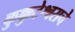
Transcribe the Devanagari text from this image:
कुक्कुटेश्वराचे